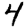
Digit: 4